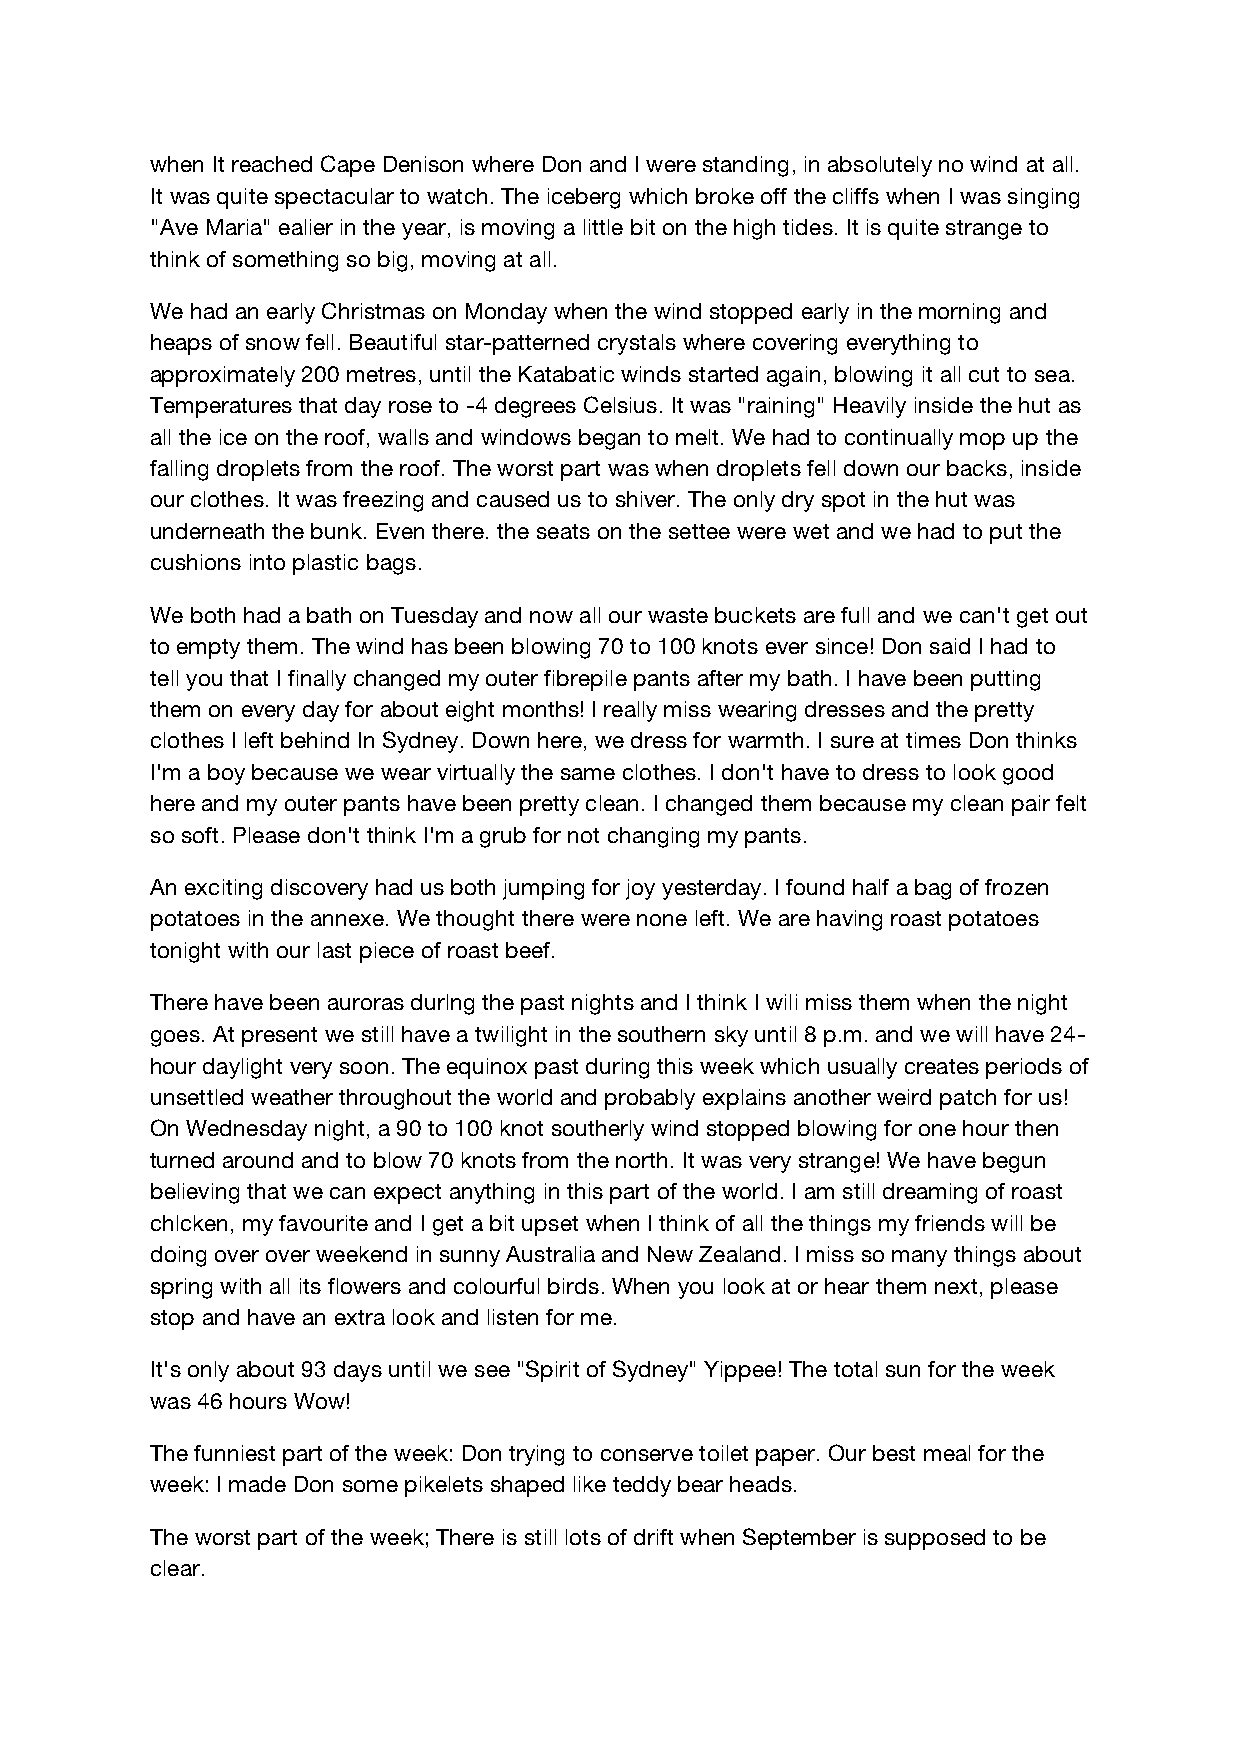
when It reached Cape Denison where Don and I were standing, in absolutely no wind at all.
 It was quite spectacular to watch. The iceberg which broke off the cliffs when I was singing
 "Ave Maria" ealier in the year, is moving a little bit on the high tides. It is quite strange to
 think of something so big, moving at all.
 We had an early Christmas on Monday when the wind stopped early in the morning and
 heaps of snow fell. Beautiful star-patterned crystals where covering everything to
 approximately 200 metres, until the Katabatic winds started again, blowing it all cut to sea.
 Temperatures that day rose to -4 degrees Celsius. It was "raining" Heavily inside the hut as
 all the ice on the roof, walls and windows began to melt. We had to continually mop up the
 falling droplets from the roof. The worst part was when droplets fell down our backs, inside
 our clothes. It was freezing and caused us to shiver. The only dry spot in the hut was
 underneath the bunk. Even there. the seats on the settee were wet and we had to put the
 cushions into plastic bags.
 We both had a bath on Tuesday and now all our waste buckets are full and we can't get out
 to empty them. The wind has been blowing 70 to 100 knots ever since! Don said I had to
 tell you that I finally changed my outer fibrepile pants after my bath. I have been putting
 them on every day for about eight months! I really miss wearing dresses and the pretty
 clothes I left behind In Sydney. Down here, we dress for warmth. I sure at times Don thinks
 I'm a boy because we wear virtually the same clothes. I don't have to dress to look good
 here and my outer pants have been pretty clean. I changed them because my clean pair felt
 so soft. Please don't think I'm a grub for not changing my pants.
 An exciting discovery had us both jumping for joy yesterday. I found half a bag of frozen
 potatoes in the annexe. We thought there were none left. We are having roast potatoes
 tonight with our last piece of roast beef.
 There have been auroras durlng the past nights and I think I wili miss them when the night
 goes. At present we still have a twilight in the southern sky until 8 p.m. and we will have 24-
 hour daylight very soon. The equinox past during this week which usually creates periods of
 unsettled weather throughout the world and probably explains another weird patch for us!
 On Wednesday night, a 90 to 100 knot southerly wind stopped blowing for one hour then
 turned around and to blow 70 knots from the north. It was very strange! We have begun
 believing that we can expect anything in this part of the world. I am still dreaming of roast
 chlcken, my favourite and I get a bit upset when I think of all the things my friends will be
 doing over over weekend in sunny Australia and New Zealand. I miss so many things about
 spring with all its flowers and colourful birds. When you look at or hear them next, please
 stop and have an extra look and listen for me.
 It's only about 93 days until we see "Spirit of Sydney" Yippee! The total sun for the week
 was 46 hours Wow!
 The funniest part of the week: Don trying to conserve toilet paper. Our best meal for the
 week: I made Don some pikelets shaped like teddy bear heads.
 The worst part of the week; There is still lots of drift when September is supposed to be
 clear.